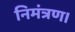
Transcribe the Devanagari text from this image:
निमंत्रण।